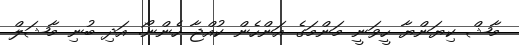
މާޝް ކިޔަންޔާ ހީވަނީ މަންމަގެ އަންހެން ކުއްޖާ ހެންނޯ. އަދި ބުނި މާޝަލް